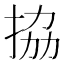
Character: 拹